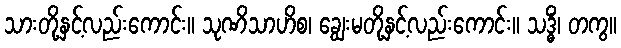
သားတို့နှင့်လည်းကောင်း။ သုဏိသာဟိစ၊ ချွေးမတို့နှင့်လည်းကောင်း။ သဒ္ဓိံ၊ တကွ။